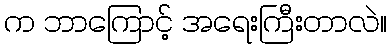
က ဘာကြောင့် အရေးကြီးတာလဲ။